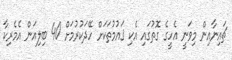
ޗައިނާއިން މިވަނީ އެހީގެ ގޮތުގައި އެކި ޤައުމުތަކަށް ހޭދަކުރުމަށް 40 ބިލިއަން އެމެރިކާ